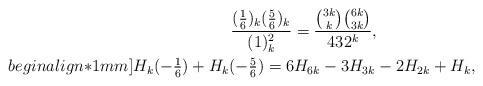
LaTeX: \begin{align*}&\qquad\qquad\qquad\frac{(\frac{1}{6})_k(\frac{5}{6})_k}{(1)_{k}^2}=\frac{\binom{3k}{k}\binom{6k}{3k}}{432^k},\\begin{align*}1mm]&H_k(-\tfrac{1}{6})+H_k(-\tfrac{5}{6})=6H_{6k}-3H_{3k}-2H_{2k}+H_k,\end{align*}